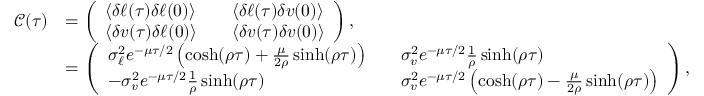
\begin{array} { r l } { \mathcal { C } ( \tau ) } & { = \left( \begin{array} { l l l } { \langle \delta \ell ( \tau ) \delta \ell ( 0 ) \rangle } & & { \langle \delta \ell ( \tau ) \delta v ( 0 ) \rangle } \\ { \langle \delta v ( \tau ) \delta \ell ( 0 ) \rangle } & & { \langle \delta v ( \tau ) \delta v ( 0 ) \rangle } \end{array} \right) , } \\ & { = \left( \begin{array} { l l l } { \sigma _ { \ell } ^ { 2 } e ^ { - \mu \tau / 2 } \left( \cosh ( \rho \tau ) + \frac { \mu } { 2 \rho } \sinh ( \rho \tau ) \right) } & & { \sigma _ { v } ^ { 2 } e ^ { - \mu \tau / 2 } \frac { 1 } { \rho } \sinh ( \rho \tau ) } \\ { - \sigma _ { v } ^ { 2 } e ^ { - \mu \tau / 2 } \frac { 1 } { \rho } \sinh ( \rho \tau ) } & & { \sigma _ { v } ^ { 2 } e ^ { - \mu \tau / 2 } \left( \cosh ( \rho \tau ) - \frac { \mu } { 2 \rho } \sinh ( \rho \tau ) \right) } \end{array} \right) , } \end{array}